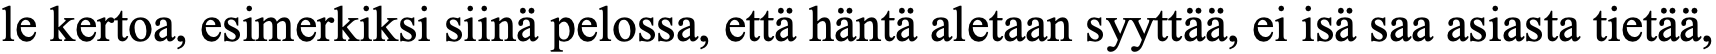
le kertoa, esimerkiksi siinä pelossa, että häntä aletaan syyttää, ei isä saa asiasta tietää,